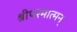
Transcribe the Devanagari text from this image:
श्रीपरमात्मन्